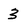
Character: 3